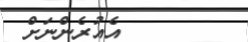
އެއުރެންނަށް